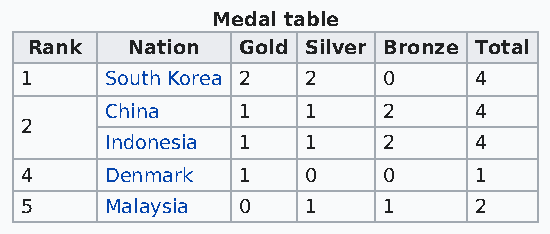
Medal table
 Rank  Nation  Gold Silver Bronze Total
 1     South Korea 2 2   0     4
 China    1   1    2     4
 2
 Indonesia 1  1    2     4
 4     Denmark  1   0    0     1
 5     Malaysia 0   1    1     2